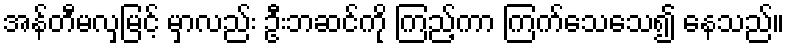
အန်တီမလှမြင့် မှာလည်း ဦးဘဆင်ကို ကြည့်ကာ ကြက်သေသေ၍ နေသည်။